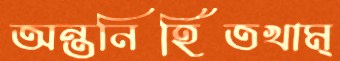
অন্তনির্হিতখাম্‌